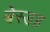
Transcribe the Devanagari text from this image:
बेस्डह